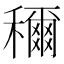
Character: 穪